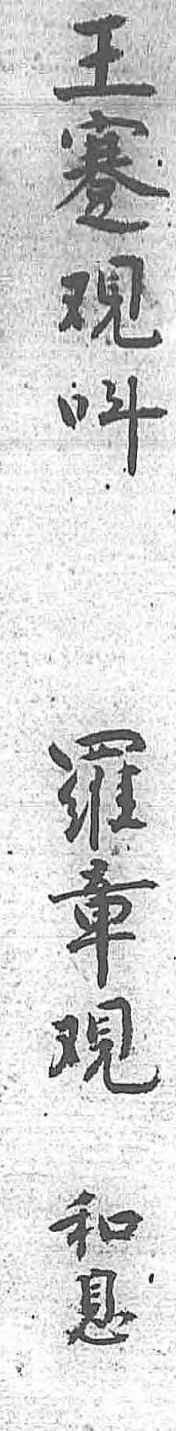
王羅和蹇章息覌覌 呌